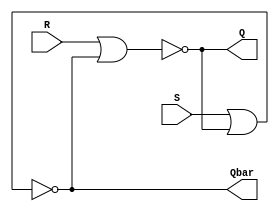
module SR_latch_gate (
    input S,
    input R,
    output wire Q,
    output wire Qbar
);

    nor (Q, R, Qbar);
    nor (Qbar, S, Q);
endmodule